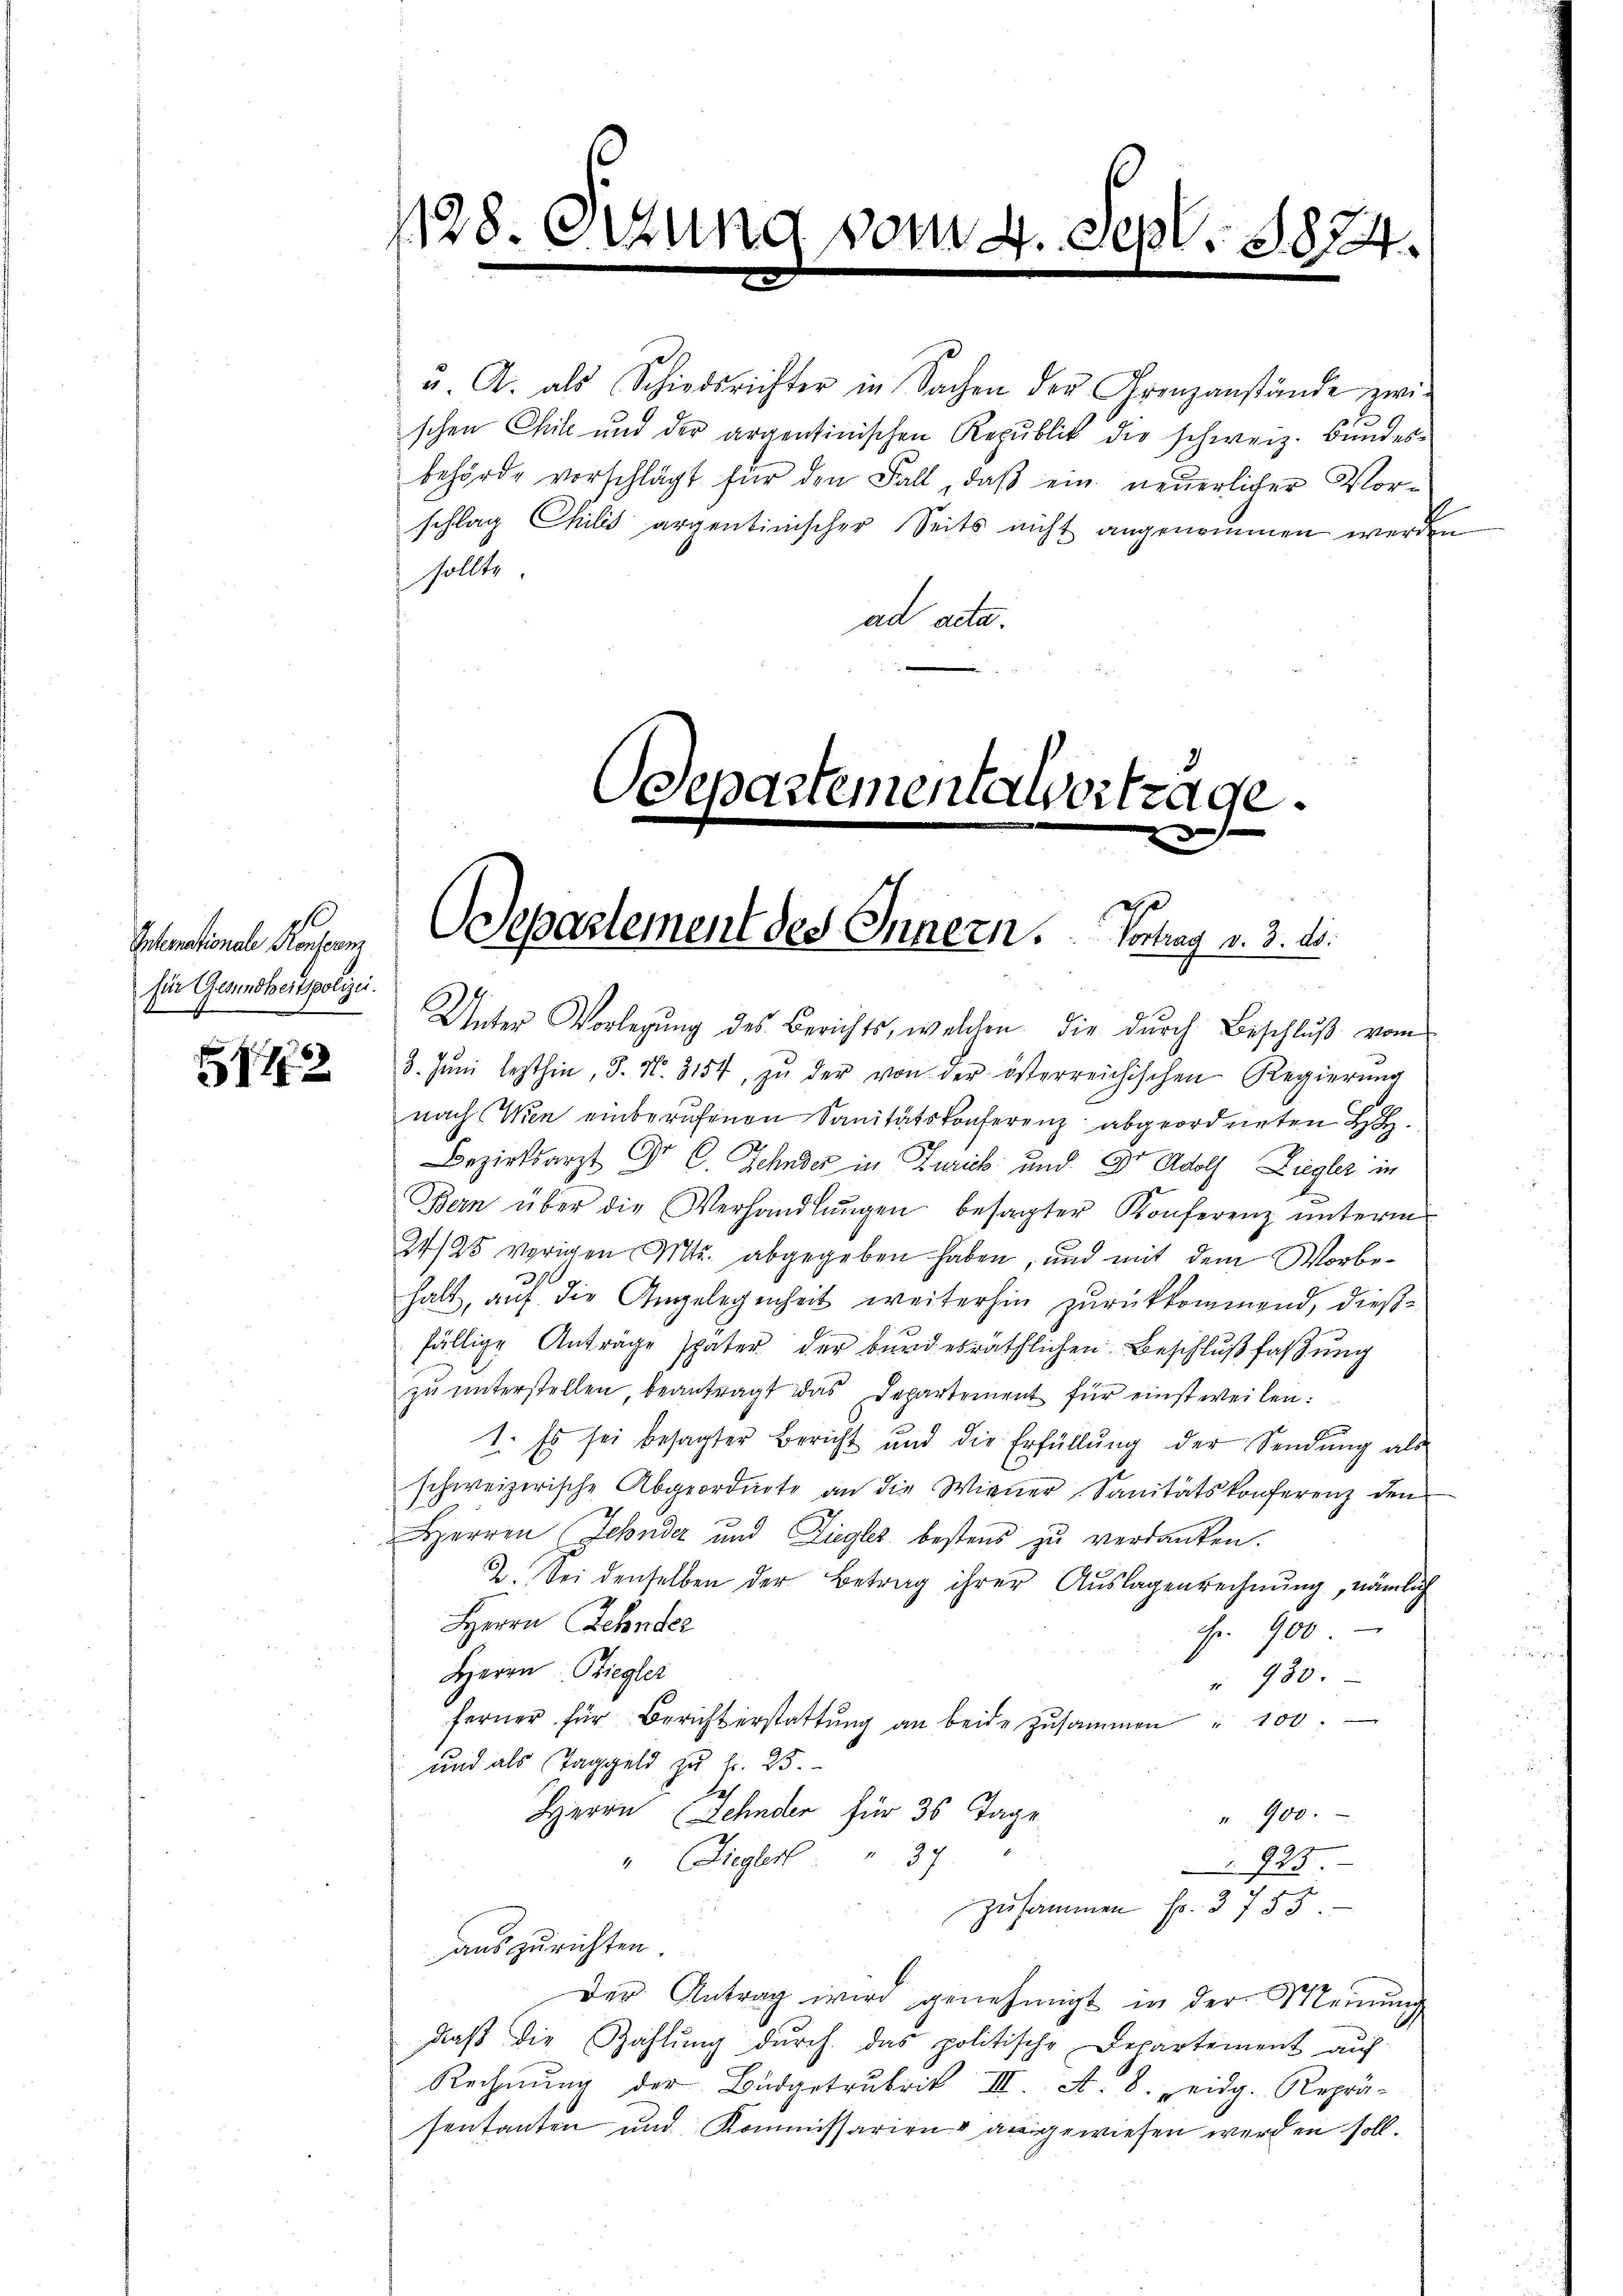
Interationale Konscanz
für Gesundheitspolizei.

712

1128.

2

Odepartementalvertrage.

2

es
Odepartement des Innern. Vortrag v. 3. ds.

Unter Vorlegŭng des Berichts, welchen die dŭrch Beschlŭβ vom
3. Jŭni lezthin, 3. N. 3154, zŭ der von der österreichischen Regierŭng
nach Wien einberufenen Sanitätskonferenz abgeordneten HH
Bezirksarzt Dr. C. Zehnder in Zurick und Dr Adolf Liegler in
Bern über die Verhandlŭngen besagter Konferenz ŭnterm
24/25 vorigen Mts. abgegeben haben, und mit dem Worbehalt, auf die Angelegenheit weiterhin zurückkommend, dießfällige Anträge später der bundesräthlichen Beschlußfaßung
zŭ ŭnterstellen beantragt das Departement für einstweilen:
1. Es sei besagter Bericht und die Erfüllŭng der Sendŭng als

sollte.
ad acta.

u. A. als Schiedsrichter in Sachen der Grenzanstände zwi-
schen Chik und der argentinischen Republik die schweiz. Bundes-

behörde vorschlägt für den Fall, daβ ein neuerlicher Vor-
schlag Chilis argentinischer Seits nicht angenommen werden

schweizerische Abgeordnete an die Wiener Sanitätskonferenz den
Herren Zehnder und Liegles bestens zu verdanken.
2. Sei denselben der Betrag ihrer Auslagenrechnung, nämlich
Herrn Zehnder
Fr. 900
Herrn Biegler
930.
ferner für Bericht erstattŭng an beide zusammen " 100
und als Taggeld zu Fr. 25.
Herrn Schnder für 30 Tage
" 900.
" Ziegler " 37
923
zusammen fr. 3755
auszurichten.
Der Antrag wird genehmigt in der Meinung
daβ die Zahlŭng dŭrch das politische Departement auf
Rechnung der Budgetrubrik III. A. 8. Seidg. Reprä-
sentanten und Kommissarien angewiesen werden soll.

1874.